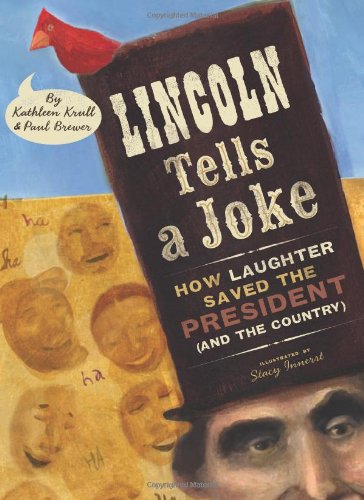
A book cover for Lincoln Tells a Joke: How Laughter Saved the President (and the Country); Kathleen Krull; Children's Books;